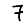
Digit: 7